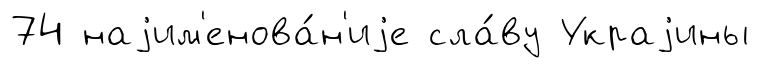
74 наjим'енова́н'иjе сла́ву Украjины